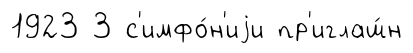
1923 3 с'имфо́н'иjи пр'иглаш́н